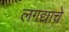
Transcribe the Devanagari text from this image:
लगद्याचे